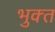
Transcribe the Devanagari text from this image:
भुक्‍त